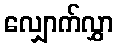
လျှောက်လွှာ